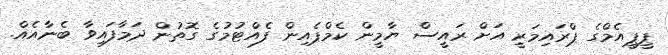
ޕީޕީއެމްގެ ޕްރައިމަރީ އަށް ރައީސް ޔާމީން ކެމްޕެއިން ފެއްޓުމުގެ ގޮތުން ދަމާފައިވާ ބެނާއެއް.